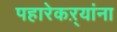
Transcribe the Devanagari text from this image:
पहारेकऱ्यांना